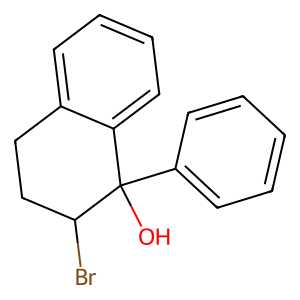
SMILES: OC1(c2ccccc2)c2ccccc2CCC1Br
Inhibits HIV replication: No